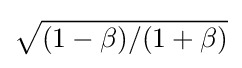
{\sqrt {(1-\beta )/(1+\beta )}}